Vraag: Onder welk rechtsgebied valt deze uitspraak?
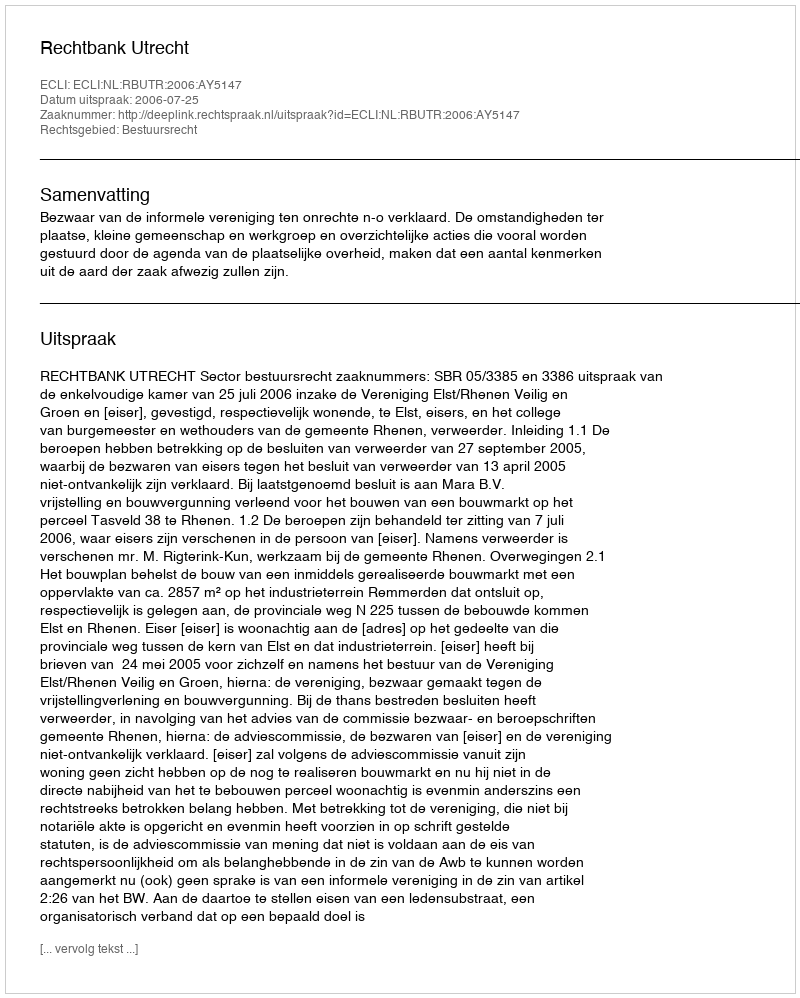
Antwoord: Bestuursrecht